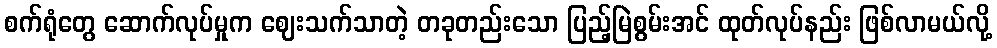
စက်ရုံတွေ ဆောက်လုပ်မှုက ဈေးသက်သာတဲ့ တခုတည်းသော ပြည့်မြဲစွမ်းအင် ထုတ်လုပ်နည်း ဖြစ်လာမယ်လို့